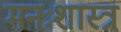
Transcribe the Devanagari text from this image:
मनःशास्त्र